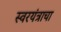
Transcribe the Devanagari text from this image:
स्वरयंत्राचा